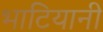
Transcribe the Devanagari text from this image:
भाटियानी